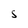
Character: S